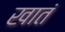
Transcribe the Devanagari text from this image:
खातं